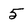
Character: 5